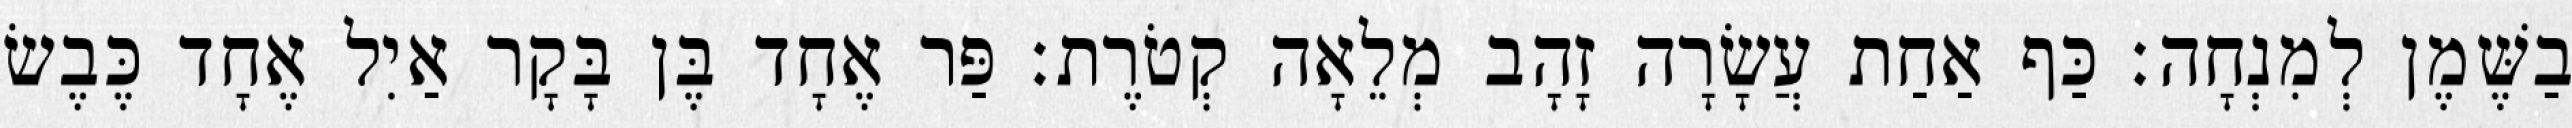
בַשֶּׁמֶן לְמִנְחָה׃ כַּף אַחַת עֲשָׂרָה זָהָב מְלֵאָה קְטֹרֶת׃ פַּר אֶחָד בֶּן בָּקָר אַיִל אֶחָד כֶּבֶשׂ